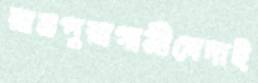
রামপুরাগামীখেদাই